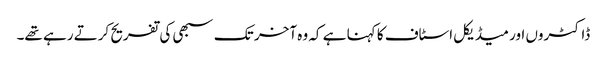
ڈاکٹروں اور میڈیکل اسٹاف کا کہنا ہے کہ وہ آخر تک سبھی کی تفریح کرتے رہے تھے۔